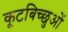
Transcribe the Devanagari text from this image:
कूटबिच्छुओं